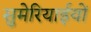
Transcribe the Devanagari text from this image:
सुमेरियाईयों